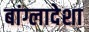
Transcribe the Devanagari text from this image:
बांग्लादेशा